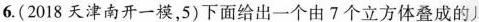
6.(2018天津南开一模，5)下面给出一个由7个立方体叠成的J